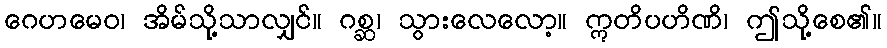
ဂေဟမေဝ၊ အိမ်သို့သာလျှင်။ ဂစ္ဆ၊ သွားလေလော့။ ဣတိပဟိဏိ၊ ဤသို့စေ၏။